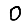
Digit: 0